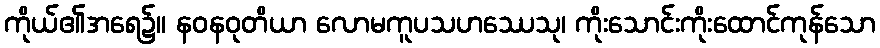
ကိုယ်၏အရေ၌။ နဝနဝုတိယာ လောမကူပသဟဿေသု၊ ကိုးသောင်းကိုးထောင်ကုန်သော